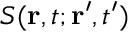
{ \cal S } ( \mathbf { r } , t ; \mathbf { r } ^ { \prime } , t ^ { \prime } )